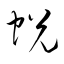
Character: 蛻